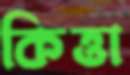
কিত্তা